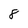
Character: 8